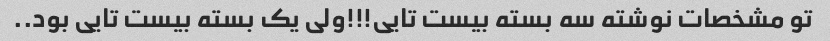
تو مشخصات نوشته سه بسته بیست تایی!!!ولی یک بسته بیست تایی بود..